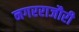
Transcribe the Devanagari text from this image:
नगरराजौरी